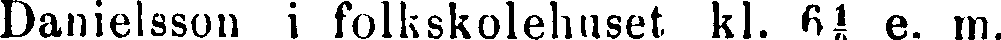
Danielsson i folkskolehuset kl. 6½ e. m.